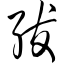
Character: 绂